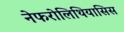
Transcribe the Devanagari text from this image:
नेफरोलिथियासिस